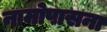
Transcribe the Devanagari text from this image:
नामोपासना